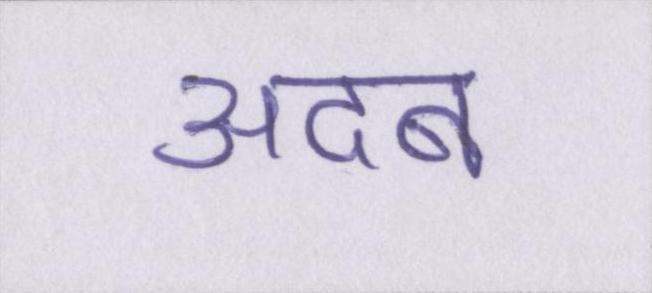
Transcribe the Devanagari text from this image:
अदब